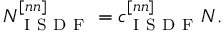
N _ { \mathrm { ~ I ~ S ~ D ~ F ~ } } ^ { [ n n ] } = c _ { \mathrm { ~ I ~ S ~ D ~ F ~ } } ^ { [ n n ] } N .